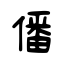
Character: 僠